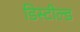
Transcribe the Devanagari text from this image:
डिस्टील्ड